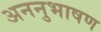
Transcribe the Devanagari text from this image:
अननुभाषण